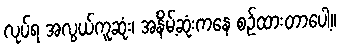
လုပ်ရ အလွယ်ကူဆုံး၊ အနိမ့်ဆုံးကနေ စဉ်ထားတာပေါ့။